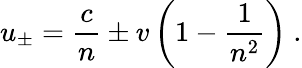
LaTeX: u_{\pm}={\frac{c}{n}}\pm v\left(1-{\frac{1}{n^{2}}}\right)\ .